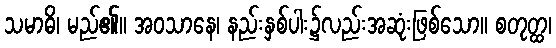
သမာဓိ၊ မည်၏။ အဝသာနေ၊ နည်းနှစ်ပါး၌လည်းအဆုံးဖြစ်သော။ စတုတ္ထ၊